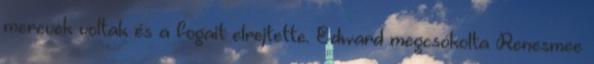
merevek voltak és a fogait elrejtette. Edward megcsókolta Renesmee